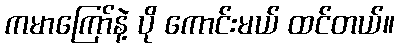
ကမာကြော်နဲ့ ပို ကောင်းမယ် ထင်တယ်။